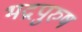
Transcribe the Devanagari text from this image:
भद्रपुरुष